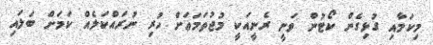
މިކަމާއި ގުޅިގެން ކޯޓުން ވަނީ ރެނީއަކީ މުޖުތަމަޢަށް ހުރި ނުރައްކަލެއް ކަމަށް ބަލައި